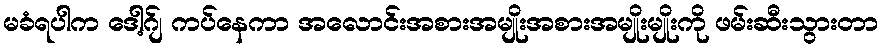
မခံရပါက ဒေါ့ဂ်ျ ကပ်နေကာ အလောင်းအစားအမျိုးအစားအမျိုးမျိုးကို ဖမ်းဆီးသွားတာ